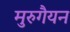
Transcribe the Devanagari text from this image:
मुरुगैयन